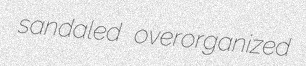
sandaled overorganized